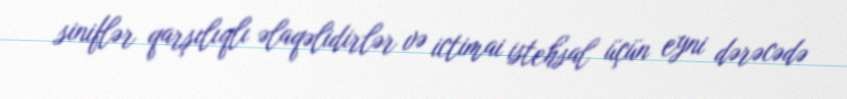
siniflər qarşılıqlı əlaqəlidirlər və ictimai istehsal üçün eyni dərəcədə